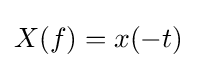
X(f)=x(-t)